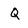
Character: Q